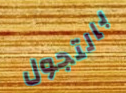
بالتجول